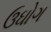
ઉઘોગ